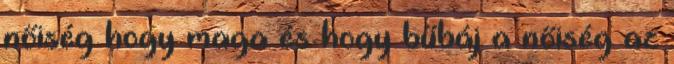
nőiség hogy maga és hogy bűbáj a nőiség az